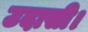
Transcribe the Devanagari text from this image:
उदासी।